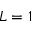
L = 1